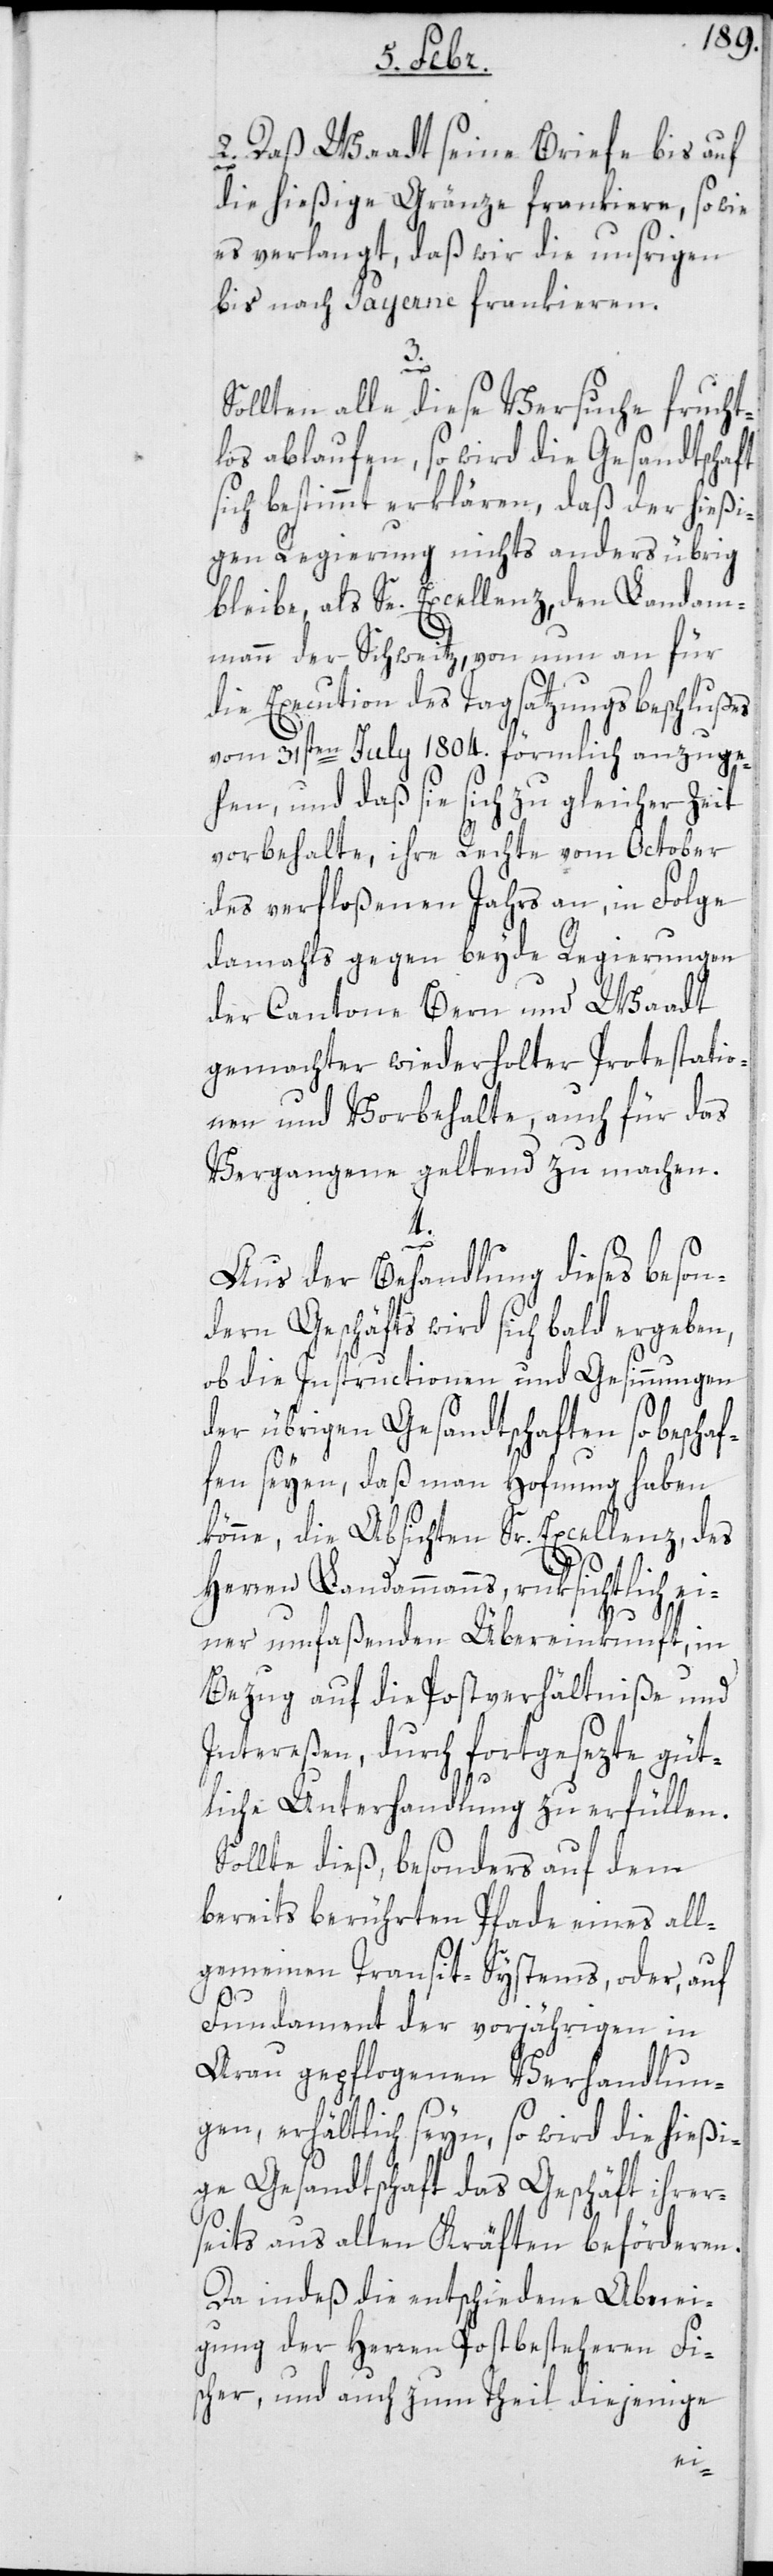
2. daß Waadt seine Briefe bis auf
die hießige Gränze frankiere, so wie
es verlangt, daß wir die unsrigen
bis nach Payerne frankieren.
es
Sollten alle diese Versuche frucht¬
los ablaufen, so wird die Gesandtschaft
sich bestimmt erklären, daß der hießi¬
gen Regierung nichts anders übrig
bleibe, als Se. Excellenz den Landam¬
mann der Schweitz, von nun an für
ie Execution des Tagsatzungsbeschluß¬
vom 31sten Julii 1804. förmlich anzuge¬
hen, und daß sie sich zu gleicher Zeit
vorbehalte, ihre Rechte von October
des verfloßenen Jahrs an, in Folge
damahls gegen beyde Regierungen
der Cantone Bern und Waadt
gemachter wiederholter Protestatio¬
nen und Vorbehalte, auch für das
Vergangene geltend zu machen.
4.
Aus der Behandlung dieses beson¬
dern Geschäfts wird sich bald ergeben,
ob die Instructionen und Gesinnungen
der übrigen Gesandtschaften so beschaf¬
fen seyen, daß man Hofnung haben
könne, die Absichten Sr. Excellenz, des
Herren Landammanns, rüksichtlich ei¬
ner umfaßenden Übereinkunft, in
Bezug auf die Postverhältniße und
Intereßen, durch fortgesezte güt¬
liche Unterhandlung zu erfüllen.
Sollte dieß, besonders auf dem
bereits berührten Pfade eines all¬
gemeinen Transit-Systems, oder, auf
Fundament der vorjährigen in
Arau gepflogenen Verhandlun¬
gen, erhältlich seyn, so wird die hießi¬
ge Gesandtschaft das Geschäft ihrer¬
seits aus allen Kräften beförderen.
Da indeß die entschiedene Abnei¬
gung der Herren Postbesteheren Fi¬
scher und auch zum Theil diejenige